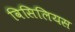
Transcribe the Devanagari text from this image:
विसिलियस